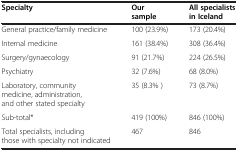
<table><thead><tr><td><b>Specialty</b></td><td><b>Our sample</b></td><td><b>All specialists in Iceland</b></td></tr></thead><tbody><tr><td>General practice/family medicine</td><td>100 (23.9%)</td><td>173 (20.4%)</td></tr><tr><td>Internal medicine</td><td>161 (38.4%)</td><td>308 (36.4%)</td></tr><tr><td>Surgery/gynaecology</td><td>91 (21.7%)</td><td>224 (26.5%)</td></tr><tr><td>Psychiatry</td><td>32 (7.6%)</td><td>68 (8.0%)</td></tr><tr><td>Laboratory, community medicine, administration, and other stated specialty</td><td>35 (8.3% )</td><td>73 (8.7%)</td></tr><tr><td>Sub-total*</td><td>419 (100%)</td><td>846 (100%)</td></tr><tr><td>Total specialists, including those with specialty not indicated</td><td>467</td><td>846</td></tr></tbody></table>